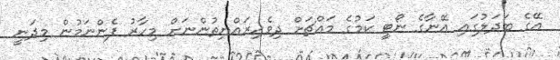
އޭގެ ބަދަލުގައި އޭނާގެ ނޯޓީ ކަމުގެ މައްޗަށް ދިވެހިރައްޔިތުންނަށް މިހާރު ފެންނަމުން މިދަނީ